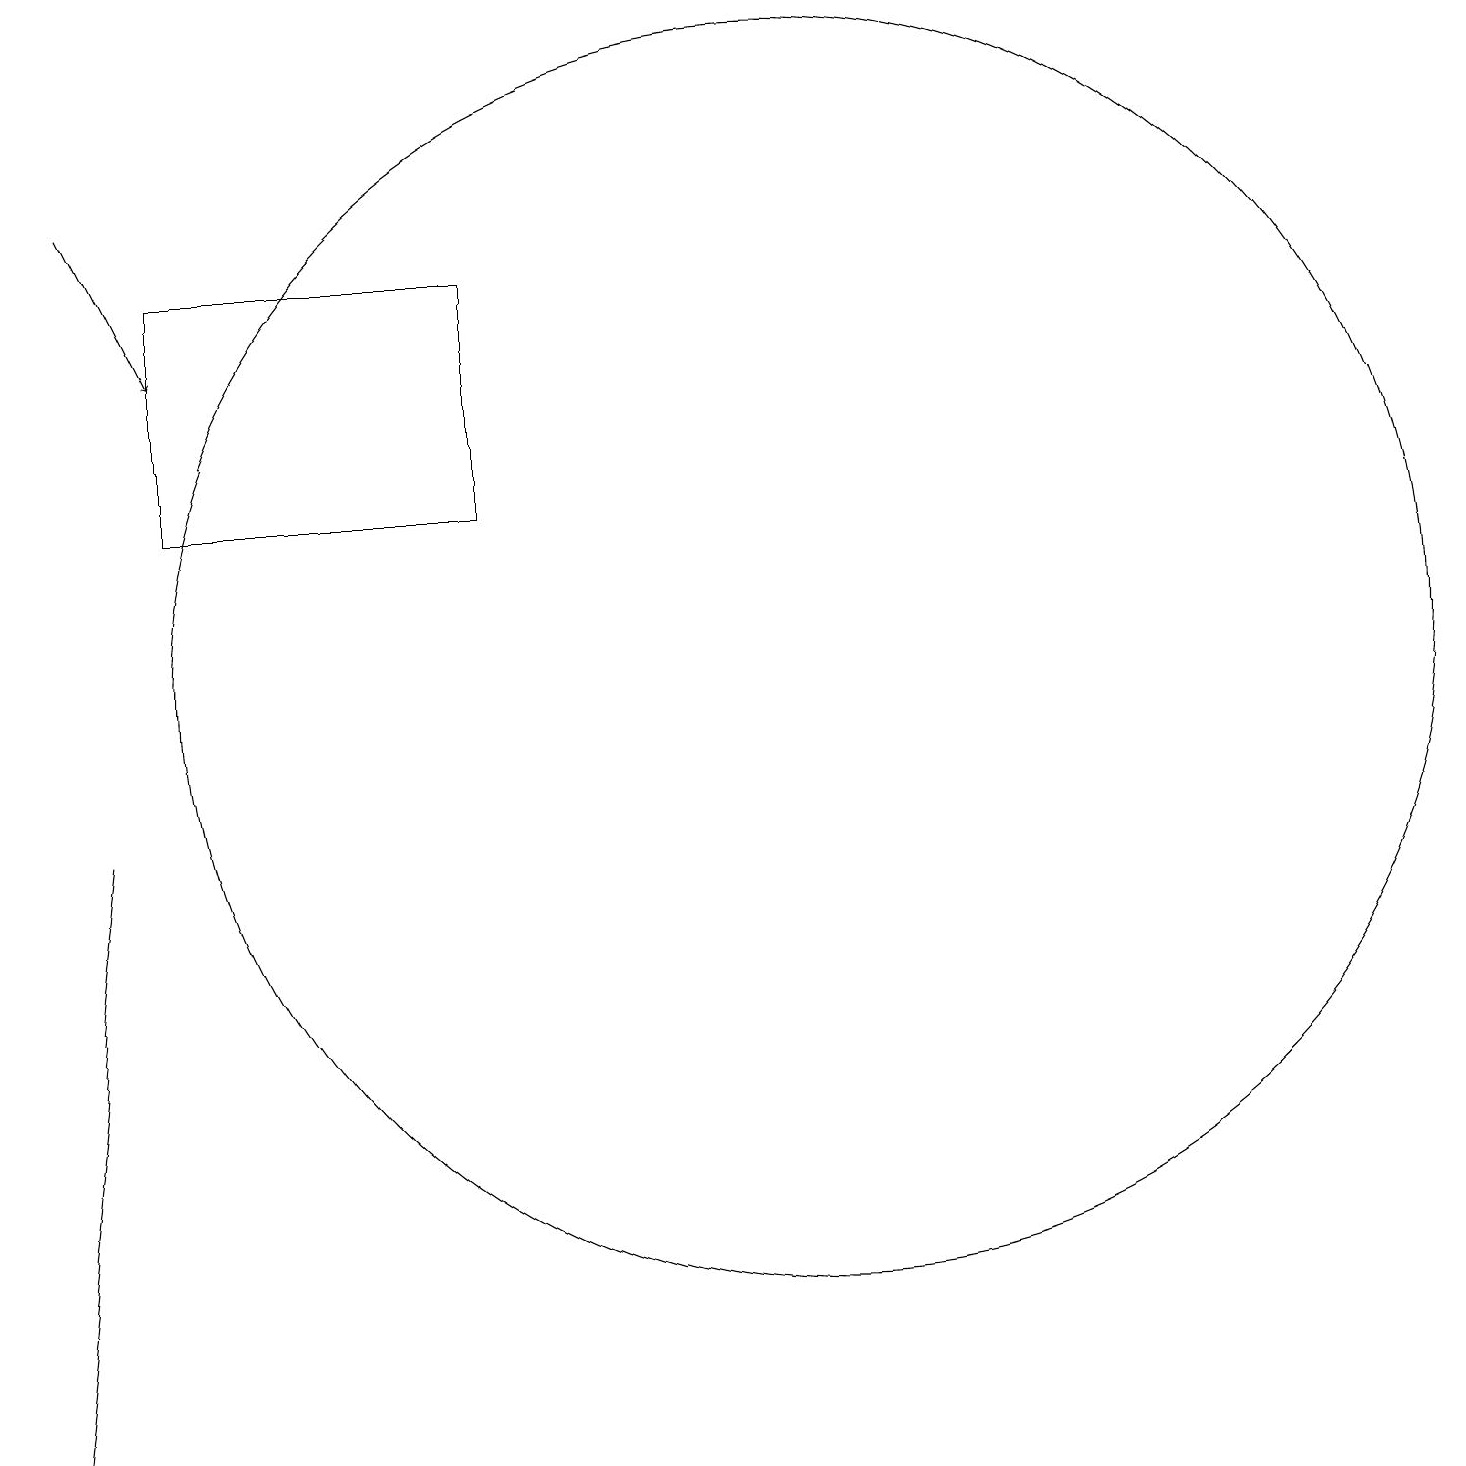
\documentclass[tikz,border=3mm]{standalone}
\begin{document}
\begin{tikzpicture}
\draw[->] (3,16) -- (4,14);
\draw (8,12) rectangle (4,15);
\draw (12,10) circle (8);
\draw (3,8) -- (2,0) -- (2,0) -- cycle;
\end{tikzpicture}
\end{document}